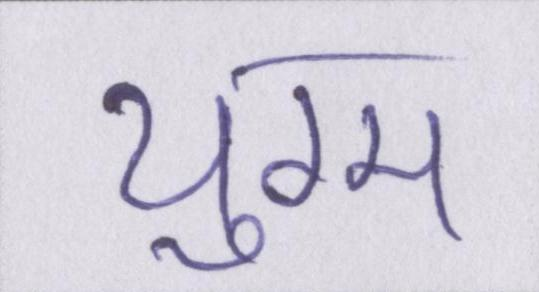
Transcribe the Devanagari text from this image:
युग्म